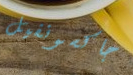
جاكسونفيل